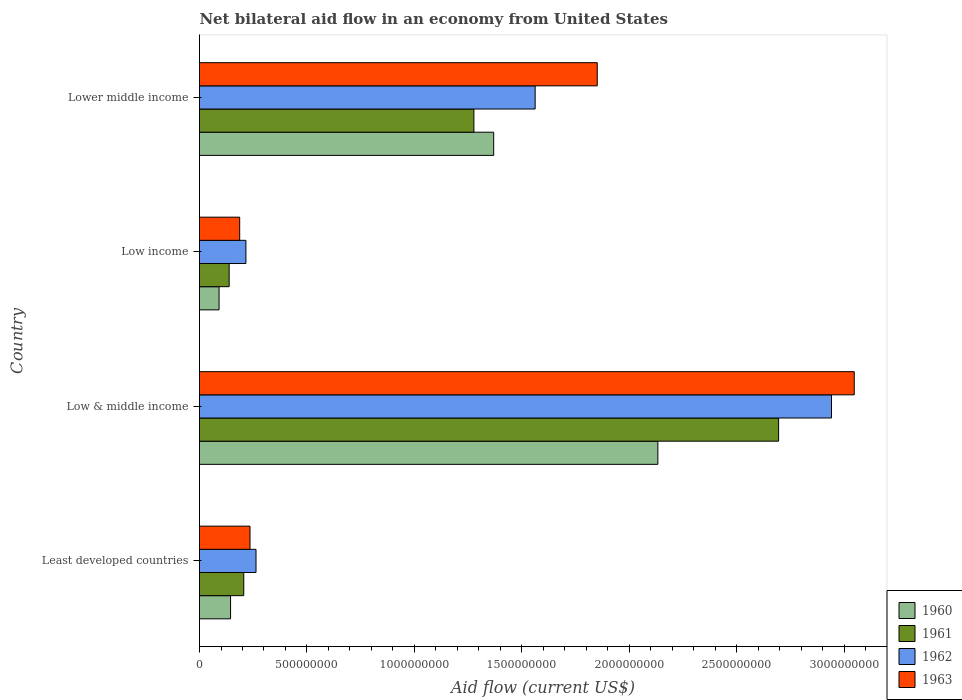
| Country | 1960 | 1961 | 1962 | 1963 |
 | --- | --- | --- | --- | --- |
 | Least developed countries | 1.45e+08 | 2.06e+08 | 2.63e+08 | 2.35e+08 |
 | Low & middle income | 2.13e+09 | 2.7e+09 | 2.94e+09 | 3.05e+09 |
 | Low income | 9.1e+07 | 1.38e+08 | 2.16e+08 | 1.87e+08 |
 | Lower middle income | 1.37e+09 | 1.28e+09 | 1.56e+09 | 1.85e+09 |